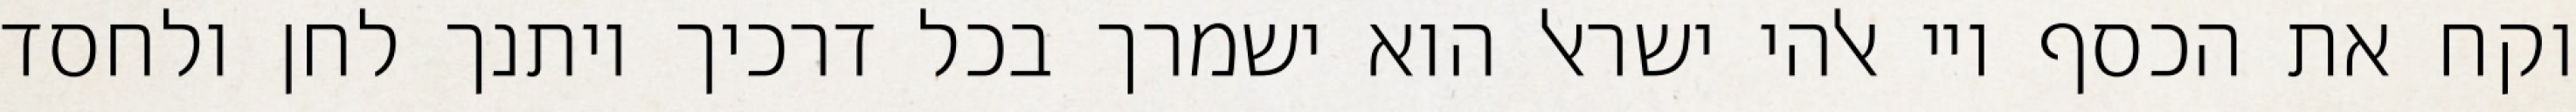
וקח את הכסף ויי אלהי ישראל הוא ישמרך בכל דרכיך ויתנך לחן ולחסד